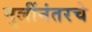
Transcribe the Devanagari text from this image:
मुलींनंतरचे